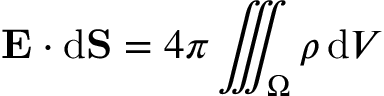
\mathbf { E } \cdot \mathrm { d } \mathbf { S } = 4 \pi \iiint _ { \Omega } \rho \, \mathrm { d } V